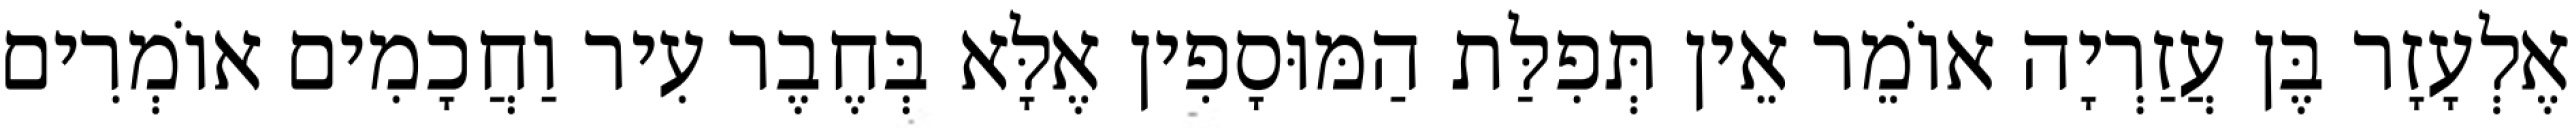
אֶלְעָזָר בֶּן עֲזַרְיָה אוֹמֵר אֵין תְּפִלַּת הַמּוּסָפִין אֶלָּא בְּחֶבֶר עִיר וַחֲכָמִים אוֹמְרִים